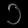
Digit: ၁